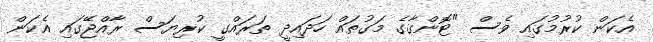
އެކަން ކުރުމުގައި ވެސް "ޓޮންގާގެ މަގުތައް ހަދައިދީ ތަރައްގީ ކުރިޔަސް ރާއްޖޭގައި އެކަން